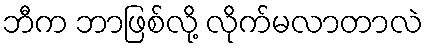
ဘီက ဘာဖြစ်လို့ လိုက်မလာတာလဲ